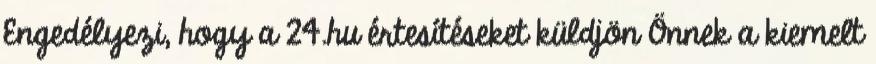
Engedélyezi, hogy a 24.hu értesítéseket küldjön Önnek a kiemelt